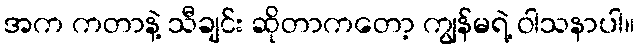
အက ကတာနဲ့ သီချင်း ဆိုတာကတော့ ကျွန်မရဲ့ ဝါသနာပါ။